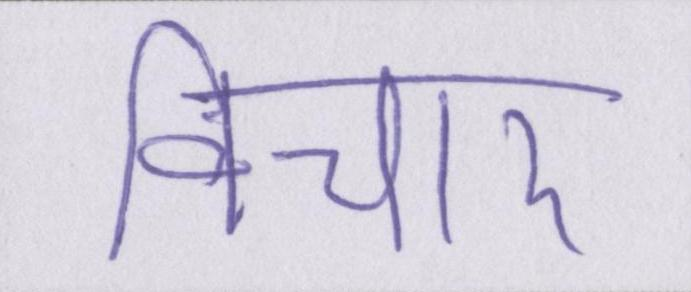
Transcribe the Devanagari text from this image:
विचार